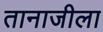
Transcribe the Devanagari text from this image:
तानाजीला